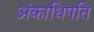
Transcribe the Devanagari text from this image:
अंकाधिपति